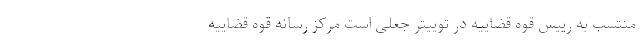
منتسب به رییس قوه قضاییه در توییتر جعلی است مرکز رسانه قوه قضاییه